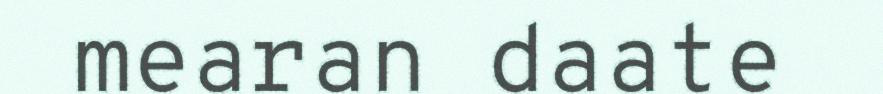
mearan daate